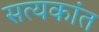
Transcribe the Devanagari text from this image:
सत्यकांत